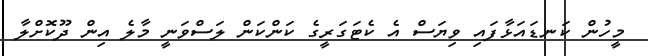
މީހުން ކަނޑައަޅާފައި ވިޔަސް އެ ކެޓަގަރީގެ ކަންކަން ލަސްވަނީ މާލެ އިން ދޫކޮށްލާ